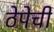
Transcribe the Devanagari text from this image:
ठेपेची